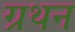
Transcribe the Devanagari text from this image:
ग्रथन